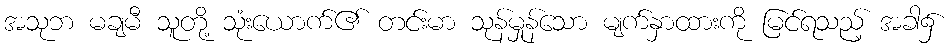
အသုဘ မချမီ သူတို့ သုံးယောက်၏ တင်းမာ သုန်မှုန်သော မျက်နှာထားကို မြင်ရသည့် အခါ၌